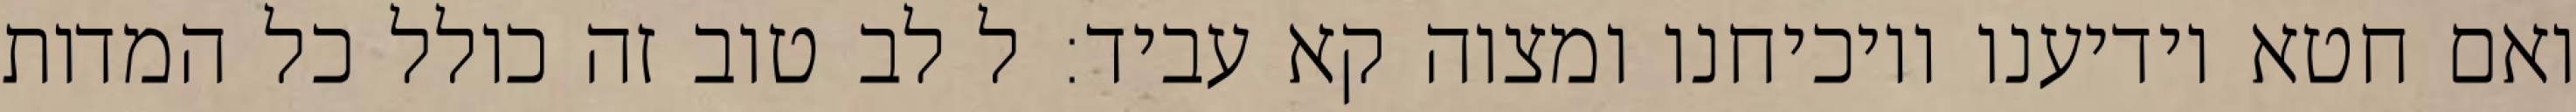
ואם חטא יודיענו ויוכיחנו ומצוה קא עביד: ל לב טוב זה כולל כל המדות